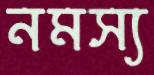
নমস্য